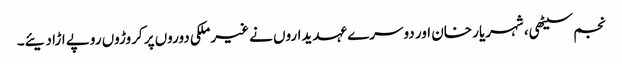
نجم سیٹھی، شہریار خان اور دوسرے عہدیداروں نے غیرملکی دوروں پر کروڑوں روپے اڑا دیئے۔